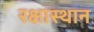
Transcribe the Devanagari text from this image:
रक्षास्थान